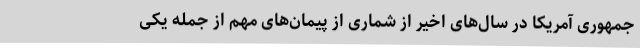
‌جمهوری آمریکا در سال‌های اخیر از شماری از پیمان‌های مهم از جمله یکی